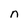
Character: n